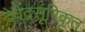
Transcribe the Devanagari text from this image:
देवेंद्रसूरिकृत